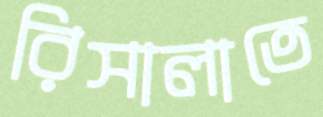
রিসালাতে